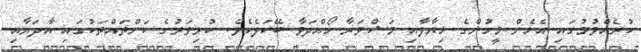
ކުރެއްވުމުގައި އެހެން މީހުންގެ ޚިޔާލާއި މަޝްވަރާ ހޯއްދަވާ ބޭކަލެކެވެ. ކުޅިވަރުގެ ކަންތައްތަކުގައި އާދަޔާއި